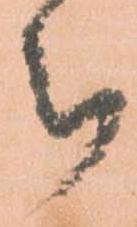
被